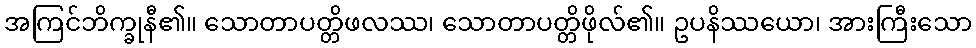
အကြင်ဘိက္ခုနီ၏။ သောတာပတ္တိဖလဿ၊ သောတာပတ္တိဖိုလ်၏။ ဥပနိဿယော၊ အားကြီးသော